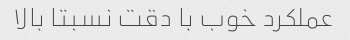
عملکرد خوب با دقت نسبتا بالا